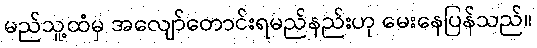
မည်သူ့ထံမှ အလျော်တောင်းရမည်နည်းဟု မေးနေပြန်သည်။